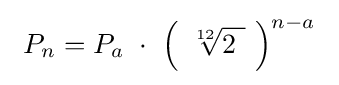
\ P_{n}=P_{a}\ \cdot \ {\Bigl (}\ {\sqrt[{12}]{2\ }}\ {\Bigr )}^{n-a}\